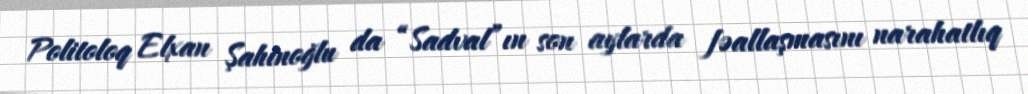
Politoloq Elxan Şahinoğlu da “Sadval”ın son aylarda fəallaşmasını narahatlıq